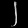
Digit: ၂